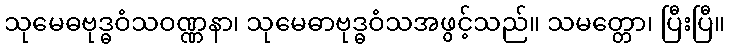
သုမေဓဗုဒ္ဓဝံသဝဏ္ဏနာ၊ သုမေဓာဗုဒ္ဓဝံသအဖွင့်သည်။ သမတ္တော၊ ပြီးပြီ။